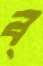
ব্